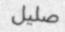
صليل